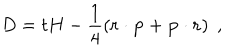
LaTeX: D = t H - \frac { 1 } { 4 } \left( { \bf r } \cdot { \bf p } + { \bf p } \cdot { \bf r } \right) \; ,